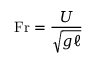
\mathrm { F r } = { \frac { U } { \sqrt { g \ell } } }